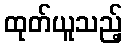
ထုတ်ယူသည့်